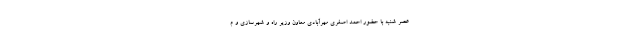
عصر شنبه با حضور احمد اصغری مهرآبادی معاون وزیر راه و شهرسازی و م